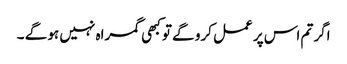
اگر تم اس پر عمل کرو گے تو کبھی گمراہ نہیں ہو گے ۔